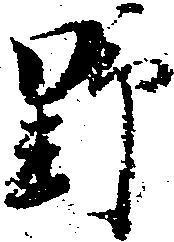
野